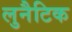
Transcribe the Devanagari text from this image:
लुनैटिक